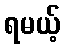
ရမယ့်